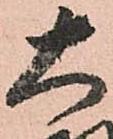
大